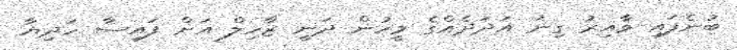
ބުނެފައި ވާއިރު ގިނަ އަދަދެއްގެ މީހުން ދަނީ ޒާހިލް އަށް ފައިސާ ހަދިޔާ